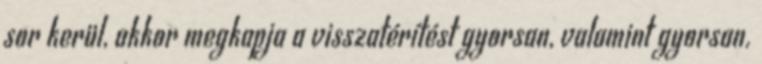
sor kerül, akkor megkapja a visszatérítést gyorsan, valamint gyorsan.